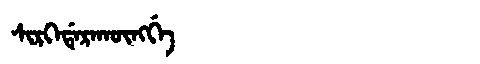
Manchu: ᠰᡳᡵᡴᡝᡩᡝᡵᠠᡴᡡᠩᡤᡝ
Romanization: SIRKEDERAKŪNGGE